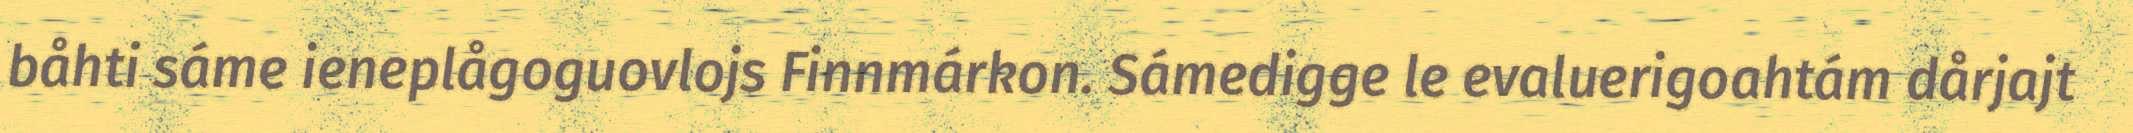
båhti sáme ieneplågoguovlojs Finnmárkon. Sámedigge le evaluerigoahtám dårjajt